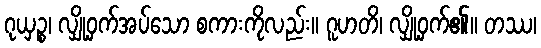
ဂုယှဉ္စ၊ လျှို့ဝှက်အပ်သော စကားကိုလည်း။ ဂူဟတိ၊ လျှို့ဝှက်၏။ တဿ၊